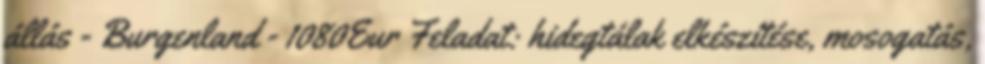
állás - Burgenland - 1080Eur Feladat: hidegtálak elkészítése, mosogatás,